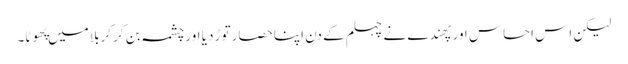
لیکن اِس احساس اور پهندے نے چہلم کے دن اپنا حصار توڑ دیا اور چشمہ بن کر کربلا میں پهوٹا۔